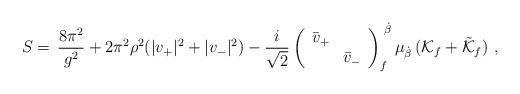
LaTeX: \begin{align*}S=\,{8\pi^2\over g^2} +2\pi^2\rho^2(|v_+|^2+|v_-|^2)-{i\over \sqrt{2}} \left(\begin{array}{llll}\bar{v}_+ & \\& \bar{v}_-\end{array}\right)_{f}^{\,\,\dot\beta}\mu_{\dot\beta}\, ({\cal K}_f+\tilde{\cal K}_f) \ ,\end{align*}